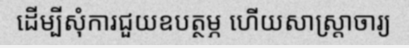
ដើម្បីសុំការជួយឧបត្ថម្ភ ហើយសាស្ត្រាចារ្យ